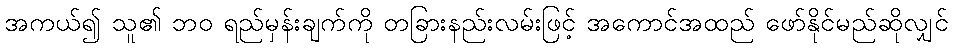
အကယ်၍ သူ၏ ဘဝ ရည်မှန်းချက်ကို တခြားနည်းလမ်းဖြင့် အကောင်အထည် ဖော်နိုင်မည်ဆိုလျှင်